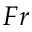
F r